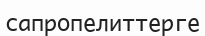
сапропелиттерге